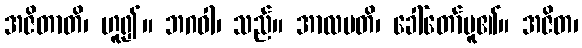
အဇိတာတိ၊ ဟူ၍။ ဘဂဝါ၊ သည်။ အာလပတိ၊ ခေါ်တော်မူ၏။ အဇိတ၊